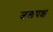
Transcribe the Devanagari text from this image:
जलपक्ष